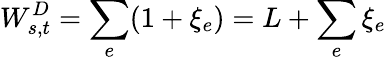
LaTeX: W_{s,t}^{D}=\sum_{e}(1+\xi_{e})=L+\sum_{e}\xi_{e}